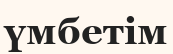
үмбетім